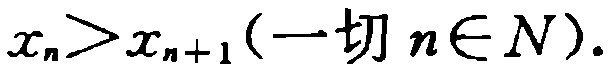
\(x_{n}>x_{n + 1}(\text{一切 }n\in N).\)